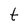
Character: t